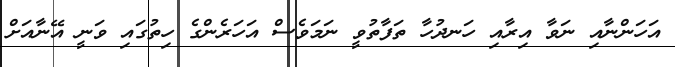
އަހަންނާއި ނަވާ އިރާއި ހަނދުހާ ތަފާތުވީ ނަމަވެސް އަހަރެންގެ ހިތުގައި ވަނީ އޭނާއަށް